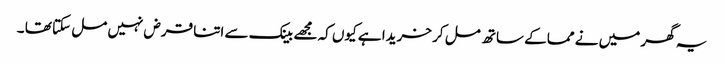
یہ گھر میں نے مما کے ساتھ مل کر خریدا ہے کیوں کہ مجھے بینک سے اتنا قرض نہیں مل سکتا تھا ۔